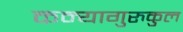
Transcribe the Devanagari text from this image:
कन्यागुरुकुल